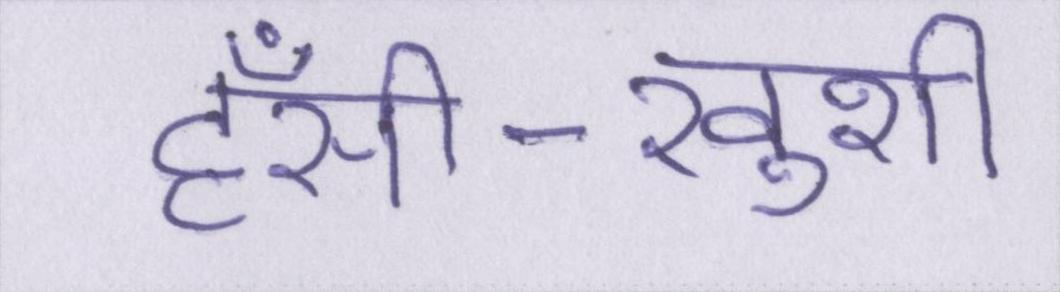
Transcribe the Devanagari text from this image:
हँसी-खुशी